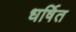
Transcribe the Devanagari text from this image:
धर्षित